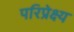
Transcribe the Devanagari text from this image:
परिप्रेक्ष्‍य